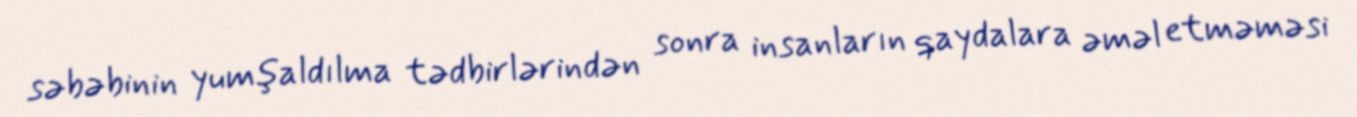
səbəbinin yumşaldılma tədbirlərindən sonra insanların qaydalara əməl etməməsi